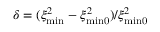
\delta = ( \xi _ { \mathrm { m i n } } ^ { 2 } - \xi _ { \mathrm { m i n 0 } } ^ { 2 } ) / \xi _ { \mathrm { m i n 0 } } ^ { 2 }